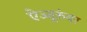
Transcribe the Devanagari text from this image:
ऐज्जूरुंवर